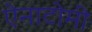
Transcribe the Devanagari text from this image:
ऐनाटोमी